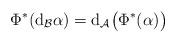
LaTeX: \begin{align*}\Phi^*(\mathrm{d}_\mathcal{B}\alpha)=\mathrm{d}_\mathcal{A}\big(\Phi^*(\alpha)\big)\end{align*}